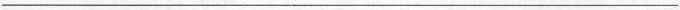
___